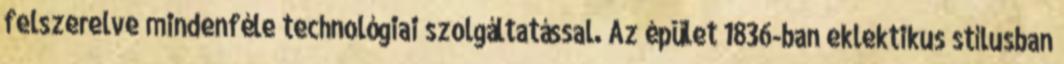
felszerelve mindenféle technológiai szolgáltatással. Az épület 1836-ban eklektikus stílusban